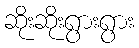
ဆိုးဆိုးရွားရွား